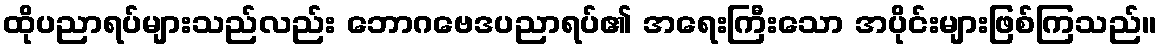
ထိုပညာရပ်များသည်လည်း ဘောဂဗေဒပညာရပ်၏ အရေးကြီးသော အပိုင်းများဖြစ်ကြသည်။